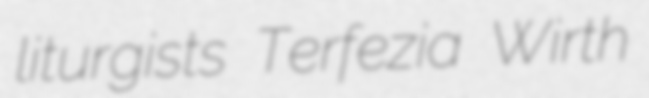
liturgists Terfezia Wirth